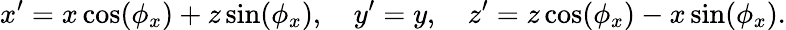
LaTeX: x^{\prime}=x\cos(\phi_{x})+z\sin(\phi_{x}),\quad y^{\prime}=y,\quad z^{\prime}=z\cos(\phi_{x})-x\sin(\phi_{x}).